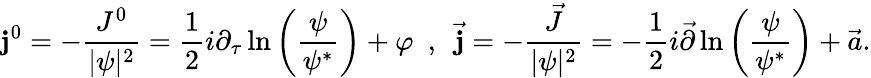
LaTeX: \mathbf{j}^{0}=-\frac{{J^{0}}}{{|\psi|^{2}}}=\frac{{1}}{{2}}i\partial_{\tau}\ln\left(\frac{{\psi}}{{\psi^{*}}}\right)+\varphi\ \ ,\ \ \vec{{\mathbf{j}}}=-\frac{{\vec{{J}}}}{{|\psi|^{2}}}=-\frac{{1}}{{2}}i\vec{{\partial}}\ln\left(\frac{{\psi}}{{\psi^{*}}}\right)+\vec{{a}}.